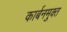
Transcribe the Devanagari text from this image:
कार्बनमुक्त